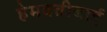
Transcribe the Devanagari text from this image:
हेमवतीबाई